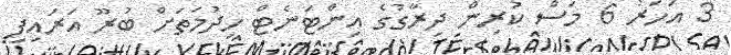
3 އަހަރު 6 މަސް ކުރިން ދިރާގުގެ އިންޓަނެޓް ހިދުމަތަށް ބުރޫ އަރައިފި